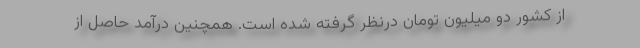
از کشور دو میلیون تومان درنظر گرفته شده است. همچنین درآمد حاصل از